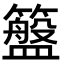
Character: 𮆮